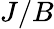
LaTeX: J/B